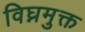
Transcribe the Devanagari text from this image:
विघ्नमुक्त